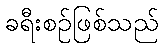
ခရီးစဉ်ဖြစ်သည်